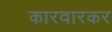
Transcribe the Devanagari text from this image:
कारवारकर